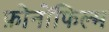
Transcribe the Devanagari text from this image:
फ़ोनोंफिल्म